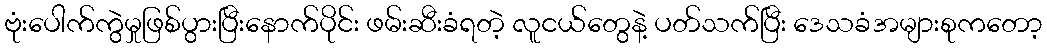
ဗုံးပေါက်ကွဲမှုဖြစ်ပွားပြီးနောက်ပိုင်း ဖမ်းဆီးခံရတဲ့ လူငယ်တွေနဲ့ ပတ်သက်ပြီး ဒေသခံအများစုကတော့